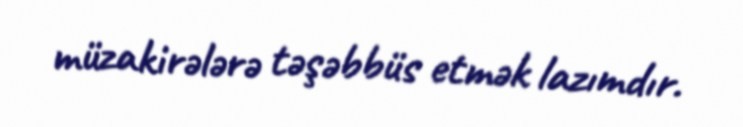
müzakirələrə təşəbbüs etmək lazımdır.